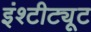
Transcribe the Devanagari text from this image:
इंश्टीट्यूट